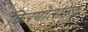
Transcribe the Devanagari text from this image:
किरणोत्सर्जक